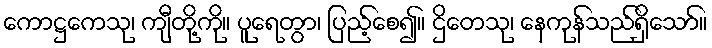
ကောဋ္ဌကေသု၊ ကျီတို့ကို။ ပူရေတွာ၊ ပြည့်စေ၍။ ဌိတေသု၊ နေကုန်သည်ရှိသော်။